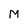
Character: M